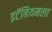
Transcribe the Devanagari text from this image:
इटॅनियमला